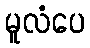
မူလံပေ